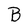
Character: B